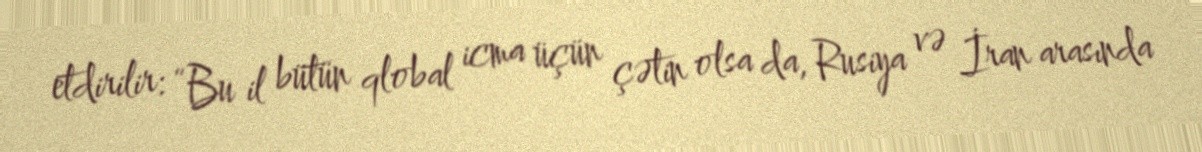
etdirilir: “Bu il bütün qlobal icma üçün çətin olsa da, Rusiya və İran arasında